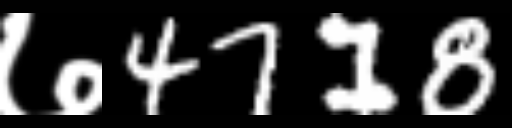
Text: ७4718